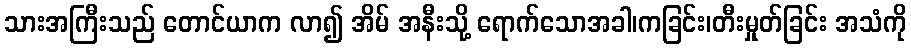
သားအကြီးသည် တောင်ယာက လာ၍ အိမ် အနီးသို့ ရောက်သောအခါ၊ကခြင်း၊တီးမှုတ်ခြင်း အသံကို